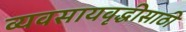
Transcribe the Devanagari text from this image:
व्यवसायवृद्धीसाठी